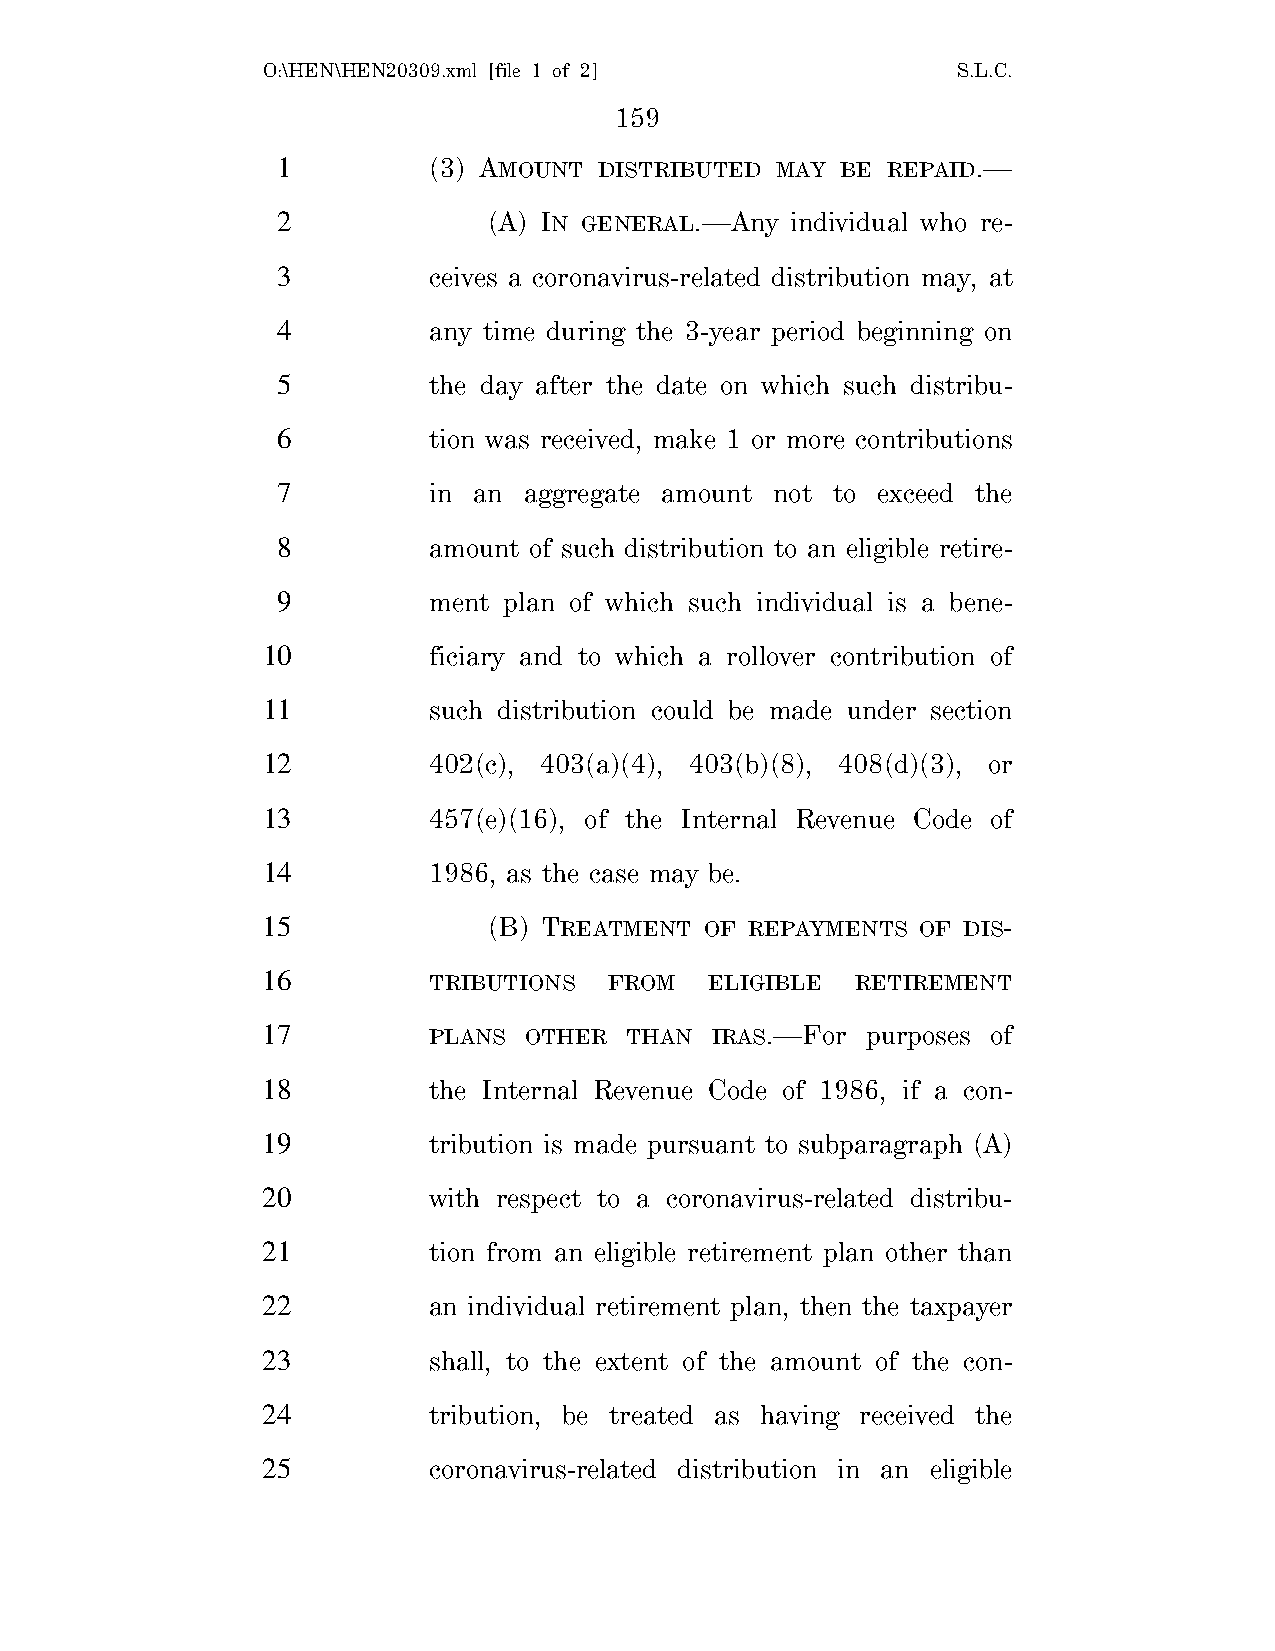
O:\HEN\HEN20309.xml [file 1 of 2]             S.L.C.
 159
 1         (3) AMOUNT  DISTRIBUTED MAY BE REPAID.—
 2             (A) IN GENERAL.—Any individual who re-
 3         ceives a coronavirus-related distribution may, at
 4         any time during the 3-year period beginning on
 5         the day after the date on which such distribu-
 6         tion was received, make 1 or more contributions
 7         in an  aggregate amount not to exceed the
 8         amount of such distribution to an eligible retire-
 9         ment plan of which such individual is a bene-
 10         ficiary and to which a rollover contribution of
 11         such distribution could be made under section
 12         402(c), 403(a)(4), 403(b)(8), 408(d)(3), or
 13         457(e)(16), of the Internal Revenue Code of
 14         1986, as the case may be.
 15             (B) TREATMENT  OF REPAYMENTS OF DIS-
 16         TRIBUTIONS  FROM   ELIGIBLE  RETIREMENT
 17         PLANS  OTHER THAN  IRAS.—For purposes of
 18         the Internal Revenue Code of 1986, if a con-
 19         tribution is made pursuant to subparagraph (A)
 20         with respect to a coronavirus-related distribu-
 21         tion from an eligible retirement plan other than
 22         an individual retirement plan, then the taxpayer
 23         shall, to the extent of the amount of the con-
 24         tribution, be treated as having received the
 25         coronavirus-related distribution in an eligible